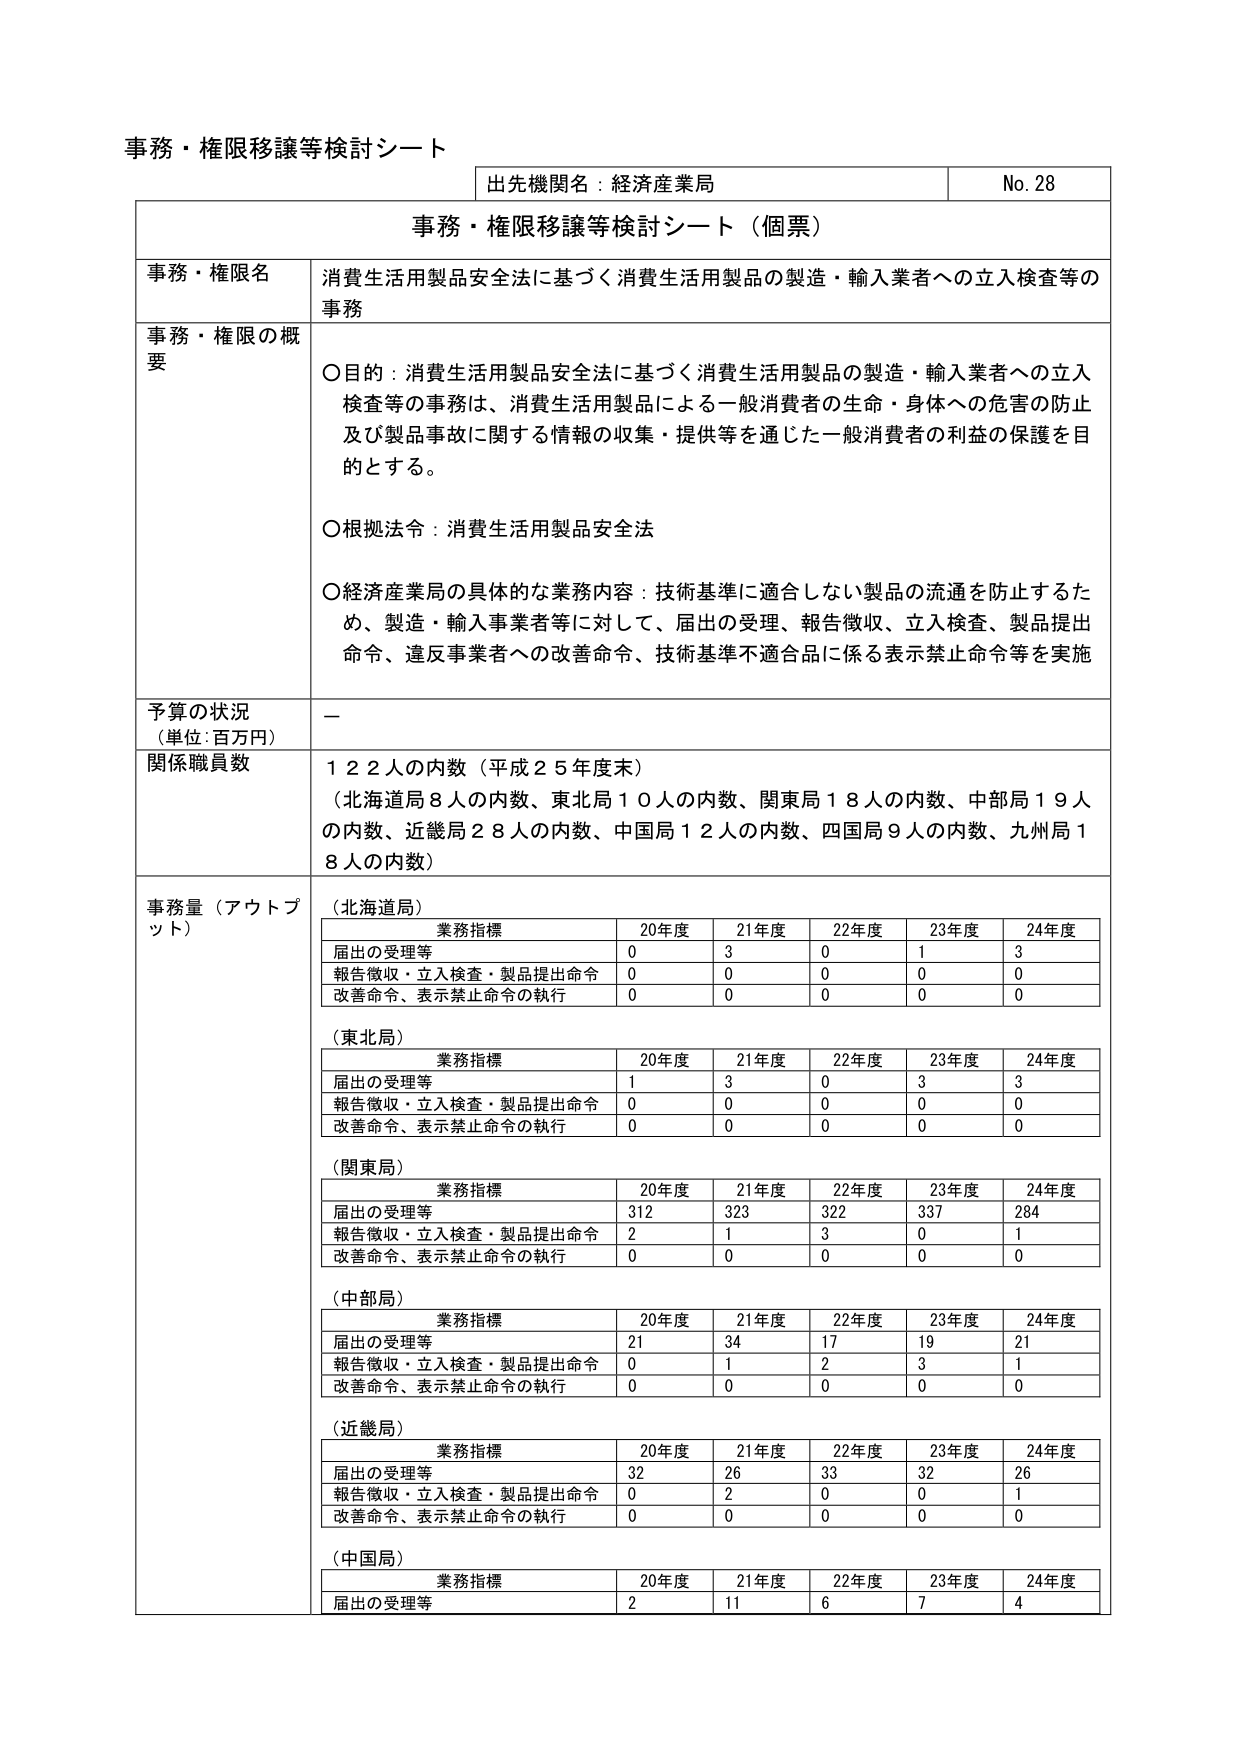
事務・権限移譲等検討シート
出先機関名：経済産業局
No. 28

事務・権限移譲等検討シート（個票）

事務・権限名
消費生活用製品安全法に基づく消費生活用製品の製造・輸入業者への立入検査等の事務

事務・権限の概要
〇目的：消費生活用製品安全法に基づく消費生活用製品の製造・輸入業者への立入検査等の事務は、消費生活用製品による一般消費者の生命・身体への危害の防止及び製品事故に関する情報の収集・提供等を通じた一般消費者の利益の保護を目的とする。
〇根拠法令：消費生活用製品安全法
〇経済産業局の具体的な業務内容：技術基準に適合しない製品の流通を防止するため、製造・輸入事業者等に対して、届出の受理、報告徴収、立入検査、製品提出命令、違反事業者への改善命令、技術基準不適合品に係る表示禁止命令等を実施

予算の状況
（単位：百万円）
－

関係職員数
１２２人の内数（平成２５年度末）
（北海道局８人の内数、東北局１０人の内数、関東局１８人の内数、中部局１９人の内数、近畿局２８人の内数、中国局１２人の内数、四国局９人の内数、九州局１８人の内数）

事務量（アウトプット）
（北海道局）
業務指標　20年度　21年度　22年度　23年度　24年度
届出の受理等　0　3　0　1　3
報告徴収・立入検査・製品提出命令　0　0　0　0　0
改善命令、表示禁止命令の執行　0　0　0　0　0

（東北局）
業務指標　20年度　21年度　22年度　23年度　24年度
届出の受理等　1　3　0　3　3
報告徴収・立入検査・製品提出命令　0　0　0　0　0
改善命令、表示禁止命令の執行　0　0　0　0　0

（関東局）
業務指標　20年度　21年度　22年度　23年度　24年度
届出の受理等　312　323　322　337　284
報告徴収・立入検査・製品提出命令　2　1　3　0　1
改善命令、表示禁止命令の執行　0　0　0　0　0

（中部局）
業務指標　20年度　21年度　22年度　23年度　24年度
届出の受理等　21　34　17　19　21
報告徴収・立入検査・製品提出命令　0　1　2　3　1
改善命令、表示禁止命令の執行　0　0　0　0　0

（近畿局）
業務指標　20年度　21年度　22年度　23年度　24年度
届出の受理等　32　26　33　32　26
報告徴収・立入検査・製品提出命令　0　2　0　0　1
改善命令、表示禁止命令の執行　0　0　0　0　0

（中国局）
業務指標　20年度　21年度　22年度　23年度　24年度
届出の受理等　2　11　6　7　4